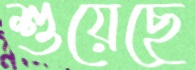
শুয়েছে